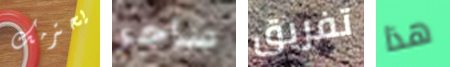
يحترمك ساحر تفريق هذا